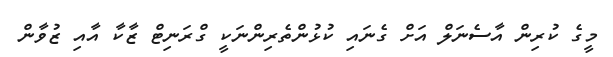
މީގެ ކުރިން އާސެނަލް އަށް ގެނައި ކުޅުންތެރިންނަކީ ގްރަނިޓް ޒާކާ އާއި ޒުވާން